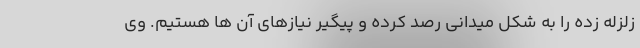
زلزله زده را به شکل میدانی رصد کرده و پیگیر نیازهای آن ها هستیم. وی